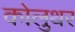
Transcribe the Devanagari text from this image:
कोलुथर